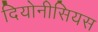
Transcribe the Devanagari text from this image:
दियोनीसियस